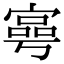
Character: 𡪑